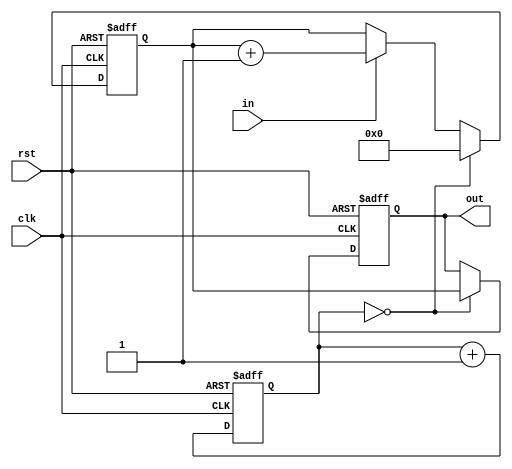
module pwm2digit#(parameter N=8)
	(
    input in,
    output reg [N-1:0] out,
    input clk,
    input rst
    );
	
	reg [N-1:0]count;
	reg [N-1:0] countPeriod;
	
	// 
	always @(posedge clk, posedge rst)
	if(rst)
		count <= 0;
	else
		count <= count + 1;
		
	//  
	always @(posedge clk, posedge rst)
	if(rst)
	begin
		out <= 0;
		countPeriod <= 0;
	end
	else
	begin
	if(count == 0)
	begin
		countPeriod <= 0;
		out <= countPeriod;
	end
	else if(in)
		countPeriod <= countPeriod + 1;
	end
endmodule